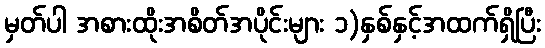
မှတ်ပါ အစားထိုးအစိတ်အပိုင်းများ ၁)နှစ်နှင့်အထက်ရှိပြီး